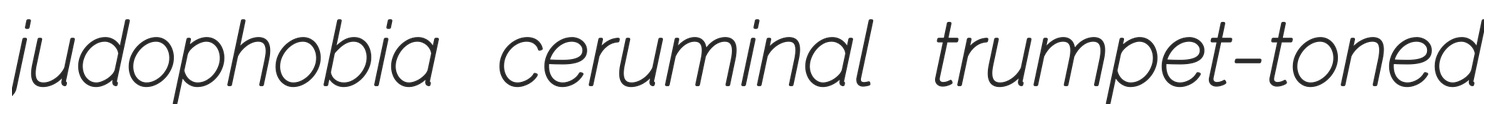
judophobia ceruminal trumpet-toned